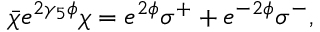
\bar { \chi } e ^ { 2 \gamma _ { 5 } \phi } \chi = e ^ { 2 \phi } \sigma ^ { + } + e ^ { - 2 \phi } \sigma ^ { - } ,